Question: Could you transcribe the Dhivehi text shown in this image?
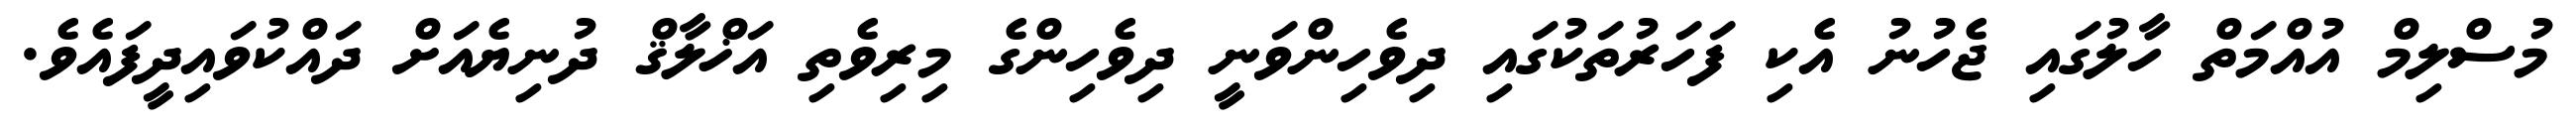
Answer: މުސްލިމް އުއްމަތް ހާލުގައި ޖެހުނު އެކި ފަހަރުތަކުގައި ދިވެހިންވަނީ ދިވެހިންގެ މިރިވެތި އަޚްލާޤް ދުނިޔެއަށް ދައްކުވައިދީފައެވެ.